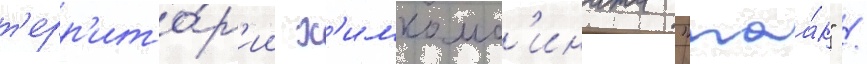
т'ерр'ито́р'ии х'имкомб'ината "маа́к" /